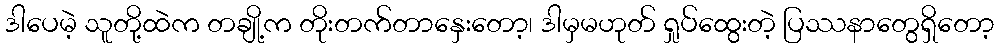
ဒါပေမဲ့ သူတို့ထဲက တချို့က တိုးတက်တာနှေးတော့၊ ဒါမှမဟုတ် ရှုပ်ထွေးတဲ့ ပြဿနာတွေရှိတော့